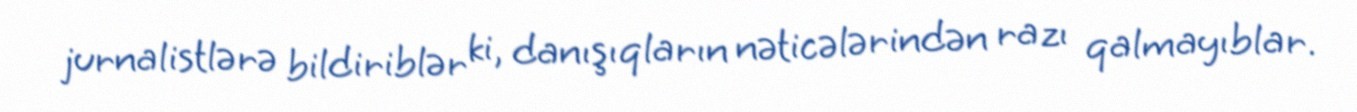
jurnalistlərə bildiriblər ki, danışıqların nəticələrindən razı qalmayıblar.